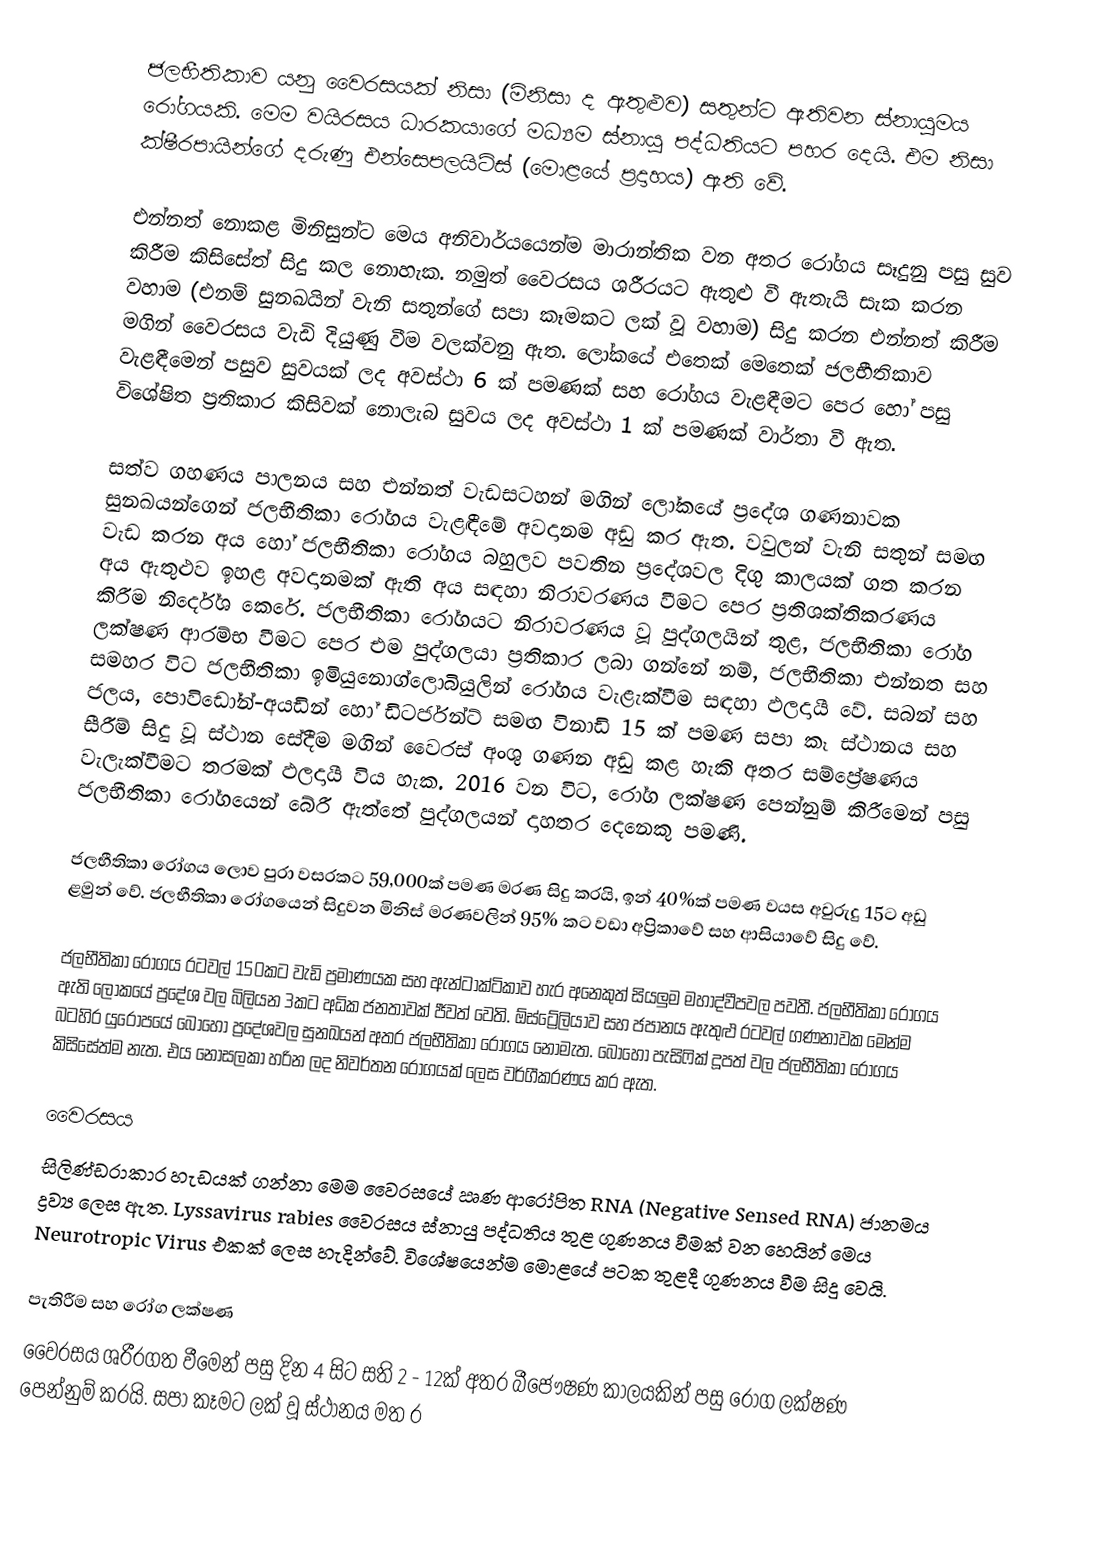
ජලභීතිකාව යනු වෛරසයක් නිසා (මිනිසා ද ඇතුළුව) සතුන්ට  ඇතිවන ස්නායුමය රෝගයකි. මෙම වයිරසය ධාරකයාගේ මධ්‍යම ස්නායු පද්ධතියට පහර දෙයි. එම නිසා ක්ෂීරපායින්ගේ  දරුණු එන්සෙපලයිටිස් (මොළයේ ප්‍රදාහය) ඇති වේ.

එන්නත් නොකළ මිනිසුන්ට මෙය අනිවාර්යයෙන්ම මාරාන්තික වන අතර රෝගය සෑදුනු පසු සුව කිරීම කිසිසේත් සිදු කල නොහැක.  නමුත් වෛරසය ශරීරයට ඇතුළු වී ඇතැයි සැක කරන වහාම (එනම් සුනඛයින් වැනි සතුන්ගේ සපා කෑමකට ලක් වූ වහාම)  සිදු කරන එන්නත් කිරීම මගින් වෛරසය වැඩි දියුණු වීම වලක්වනු ඇත. ලෝකයේ එතෙක් මෙතෙක් ජලභීතිකාව වැළඳීමෙන් පසුව සුවයක් ලද අවස්ථා 6 ක් පමණක් සහ රෝගය වැළඳීමට පෙර හෝ පසු විශේෂිත ප්‍රතිකාර කිසිවක් නොලැබ සුවය ලද අවස්ථා 1 ක් පමණක්  වාර්තා වී ඇත.

සත්ව ගහණය පාලනය සහ එන්නත් වැඩසටහන් මගින් ලෝකයේ ප්‍රදේශ ගණනාවක සුනඛයන්ගෙන් ජලභීතිකා රෝගය වැළඳීමේ අවදානම අඩු කර ඇත. වවුලන් වැනි සතුන් සමඟ  වැඩ කරන අය හෝ ජලභීතිකා රෝගය බහුලව පවතින ප්‍රදේශවල දිගු කාලයක් ගත කරන අය ඇතුළුව ඉහළ අවදානමක් ඇති අය සඳහා නිරාවරණය වීමට පෙර ප්‍රතිශක්තිකරණය කිරීම නිර්දේශ කෙරේ. ජලභීතිකා රෝගයට නිරාවරණය වූ පුද්ගලයින් තුළ, ජලභීතිකා රෝග ලක්ෂණ ආරම්භ වීමට පෙර එම පුද්ගලයා ප්‍රතිකාර ලබා ගන්නේ නම්, ජලභීතිකා එන්නත සහ සමහර විට ජලභීතිකා ඉමියුනොග්ලොබියුලින් රෝගය වැළැක්වීම සඳහා ඵලදායී වේ.  සබන් සහ ජලය, පොවිඩෝන්-අයඩින් හෝ ඩිටර්ජන්ට් සමඟ විනාඩි 15 ක් පමණ සපා කෑ ස්ථානය සහ සීරීම් සිදු වූ ස්ථාන සේදීම මගින් වෛරස් අංශු ගණන අඩු කළ හැකි අතර සම්ප්‍රේෂණය වැලැක්වීමට තරමක් ඵලදායී විය හැක. 2016 වන විට, රෝග ලක්ෂණ පෙන්නුම් කිරීමෙන් පසු ජලභීතිකා රෝගයෙන් බේරී ඇත්තේ පුද්ගලයන් දාහතර දෙනෙකු පමණි.

ජලභීතිකා රෝගය ලොව පුරා වසරකට 59,000ක් පමණ මරණ සිදු කරයි, ඉන් 40%ක් පමණ වයස අවුරුදු 15ට අඩු ළමුන් වේ. ජලභීතිකා රෝගයෙන් සිදුවන මිනිස් මරණවලින් 95% කට වඩා අප්‍රිකාවේ සහ ආසියාවේ සිදු වේ.

ජලභීතිකා රෝගය රටවල් 150කට වැඩි ප්‍රමාණයක සහ ඇන්ටාක්ටිකාව හැර අනෙකුත් සියලුම මහාද්වීපවල පවතී. ජලභීතිකා රෝගය ඇති ලෝකයේ ප්‍රදේශ වල බිලියන 3කට අධික ජනතාවක් ජීවත් වෙති. ඕස්ට්‍රේලියාව සහ ජපානය ඇතුළු රටවල් ගණනාවක මෙන්ම බටහිර යුරෝපයේ බොහෝ ප්‍රදේශවල සුනඛයන් අතර ජලභීතිකා රෝගය නොමැත. බොහෝ පැසිෆික් දූපත් වල ජලභීතිකා රෝගය කිසිසේත්ම නැත. එය නොසලකා හරින ලද නිවර්තන රෝගයක් ලෙස වර්ගීකරණය කර ඇත.

වෛරසය
සිලිණ්ඩරාකාර හැඩයක් ගන්නා මෙම වෛරසයේ ඍණ ආරෝපිත RNA (Negative Sensed RNA) ජානමය ද්‍රව්‍ය ලෙස ඇත. Lyssavirus rabies වෛරසය ස්නායු පද්ධතිය තුළ ගුණනය වීමක් වන හෙයින් මෙය Neurotropic Virus එකක් ලෙස හැදින්වේ. විශේෂයෙන්ම මොළයේ පටක තුළදී ගුණනය වීම සිදු වෙයි.

පැතිරීම සහ රෝග ලක්ෂණ
වෛරසය ශරීරගත වීමෙන් පසු දින 4 සිට සති 2 - 12ක් අතර බීජෞෂණ කාලයකින් පසු රෝග ලක්ෂණ පෙන්නුම් කරයි. සපා කෑමට ලක් වූ ස්ථානය මත ර